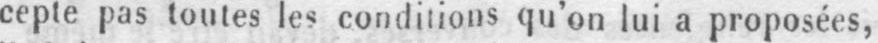
cepte pas toutes les conditions qu’on lui a proposées,